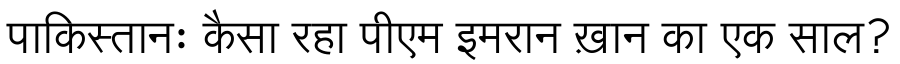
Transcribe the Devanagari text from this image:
पाकिस्तानः कैसा रहा पीएम इमरान ख़ान का एक साल?